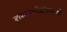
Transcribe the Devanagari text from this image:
शब्दफोडीप्रमाणे